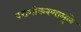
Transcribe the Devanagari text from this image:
परागीकरणामुळे